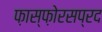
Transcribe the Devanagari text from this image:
फ़ास्फ़ोरसप्रद